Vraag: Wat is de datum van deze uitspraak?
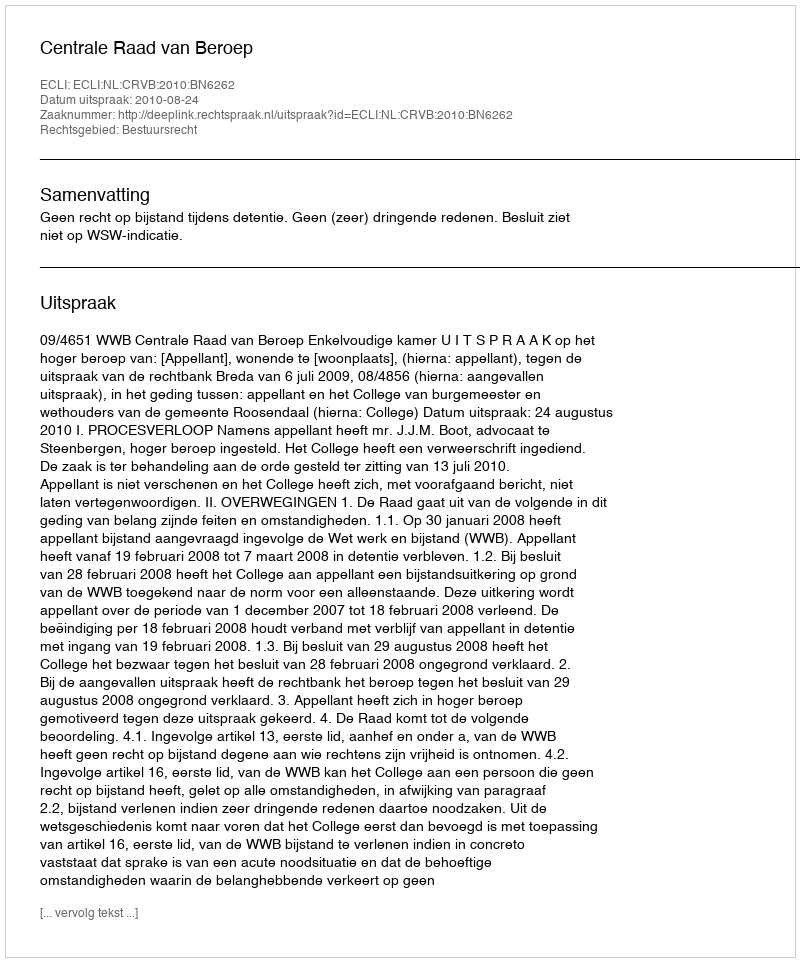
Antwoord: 2010-08-24